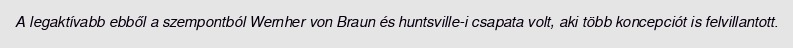
A legaktívabb ebből a szempontból Wernher von Braun és huntsville-i csapata volt, aki több koncepciót is felvillantott.